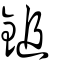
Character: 鎚